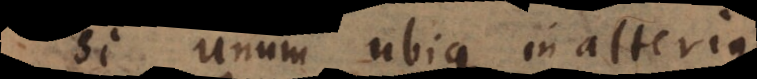
si unum ubique in alter